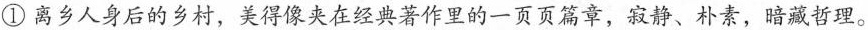
①离乡人身后的乡村，美得像夹在经典著作里的一页页篇章，寂静、朴素，暗藏哲理。